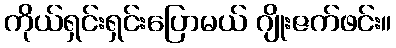
ကိုယ်ရှင်းရှင်းပြောမယ် ဂျိုးဇက်ဖင်း။